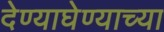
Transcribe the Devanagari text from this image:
देण्याघेण्याच्या